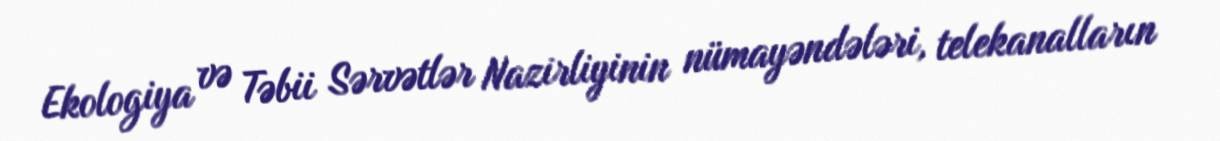
Ekologiya və Təbii Sərvətlər Nazirliyinin nümayəndələri, telekanalların